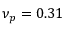
\nu _ { p } = 0 . 3 1